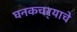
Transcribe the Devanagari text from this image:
घनकचर्‍याचे